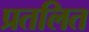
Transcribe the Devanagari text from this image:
प्रतलित